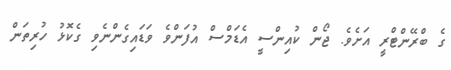
ގެ ބްރޭންޓްރީ އަށެވެ. ޖޯން ކުއިންސީ އެޑަމްސް އުފަންވެ ވަޑައިގެންނެވި ގެކޮޅު ހުރިތަން